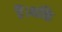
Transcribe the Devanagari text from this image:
हैं।भक्ति